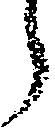
う